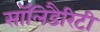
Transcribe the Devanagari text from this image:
सॉलिडैरिटी